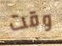
وقت